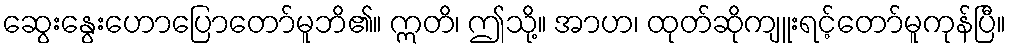
ဆွေးနွေးဟောပြောတော်မူဘိ၏။ ဣတိ၊ ဤသို့။ အာဟ၊ ထုတ်ဆိုကျူးရင့်တော်မူကုန်ပြီ။